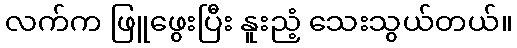
လက်က ဖြူဖွေးပြီး နူးညံ့ သေးသွယ်တယ်။